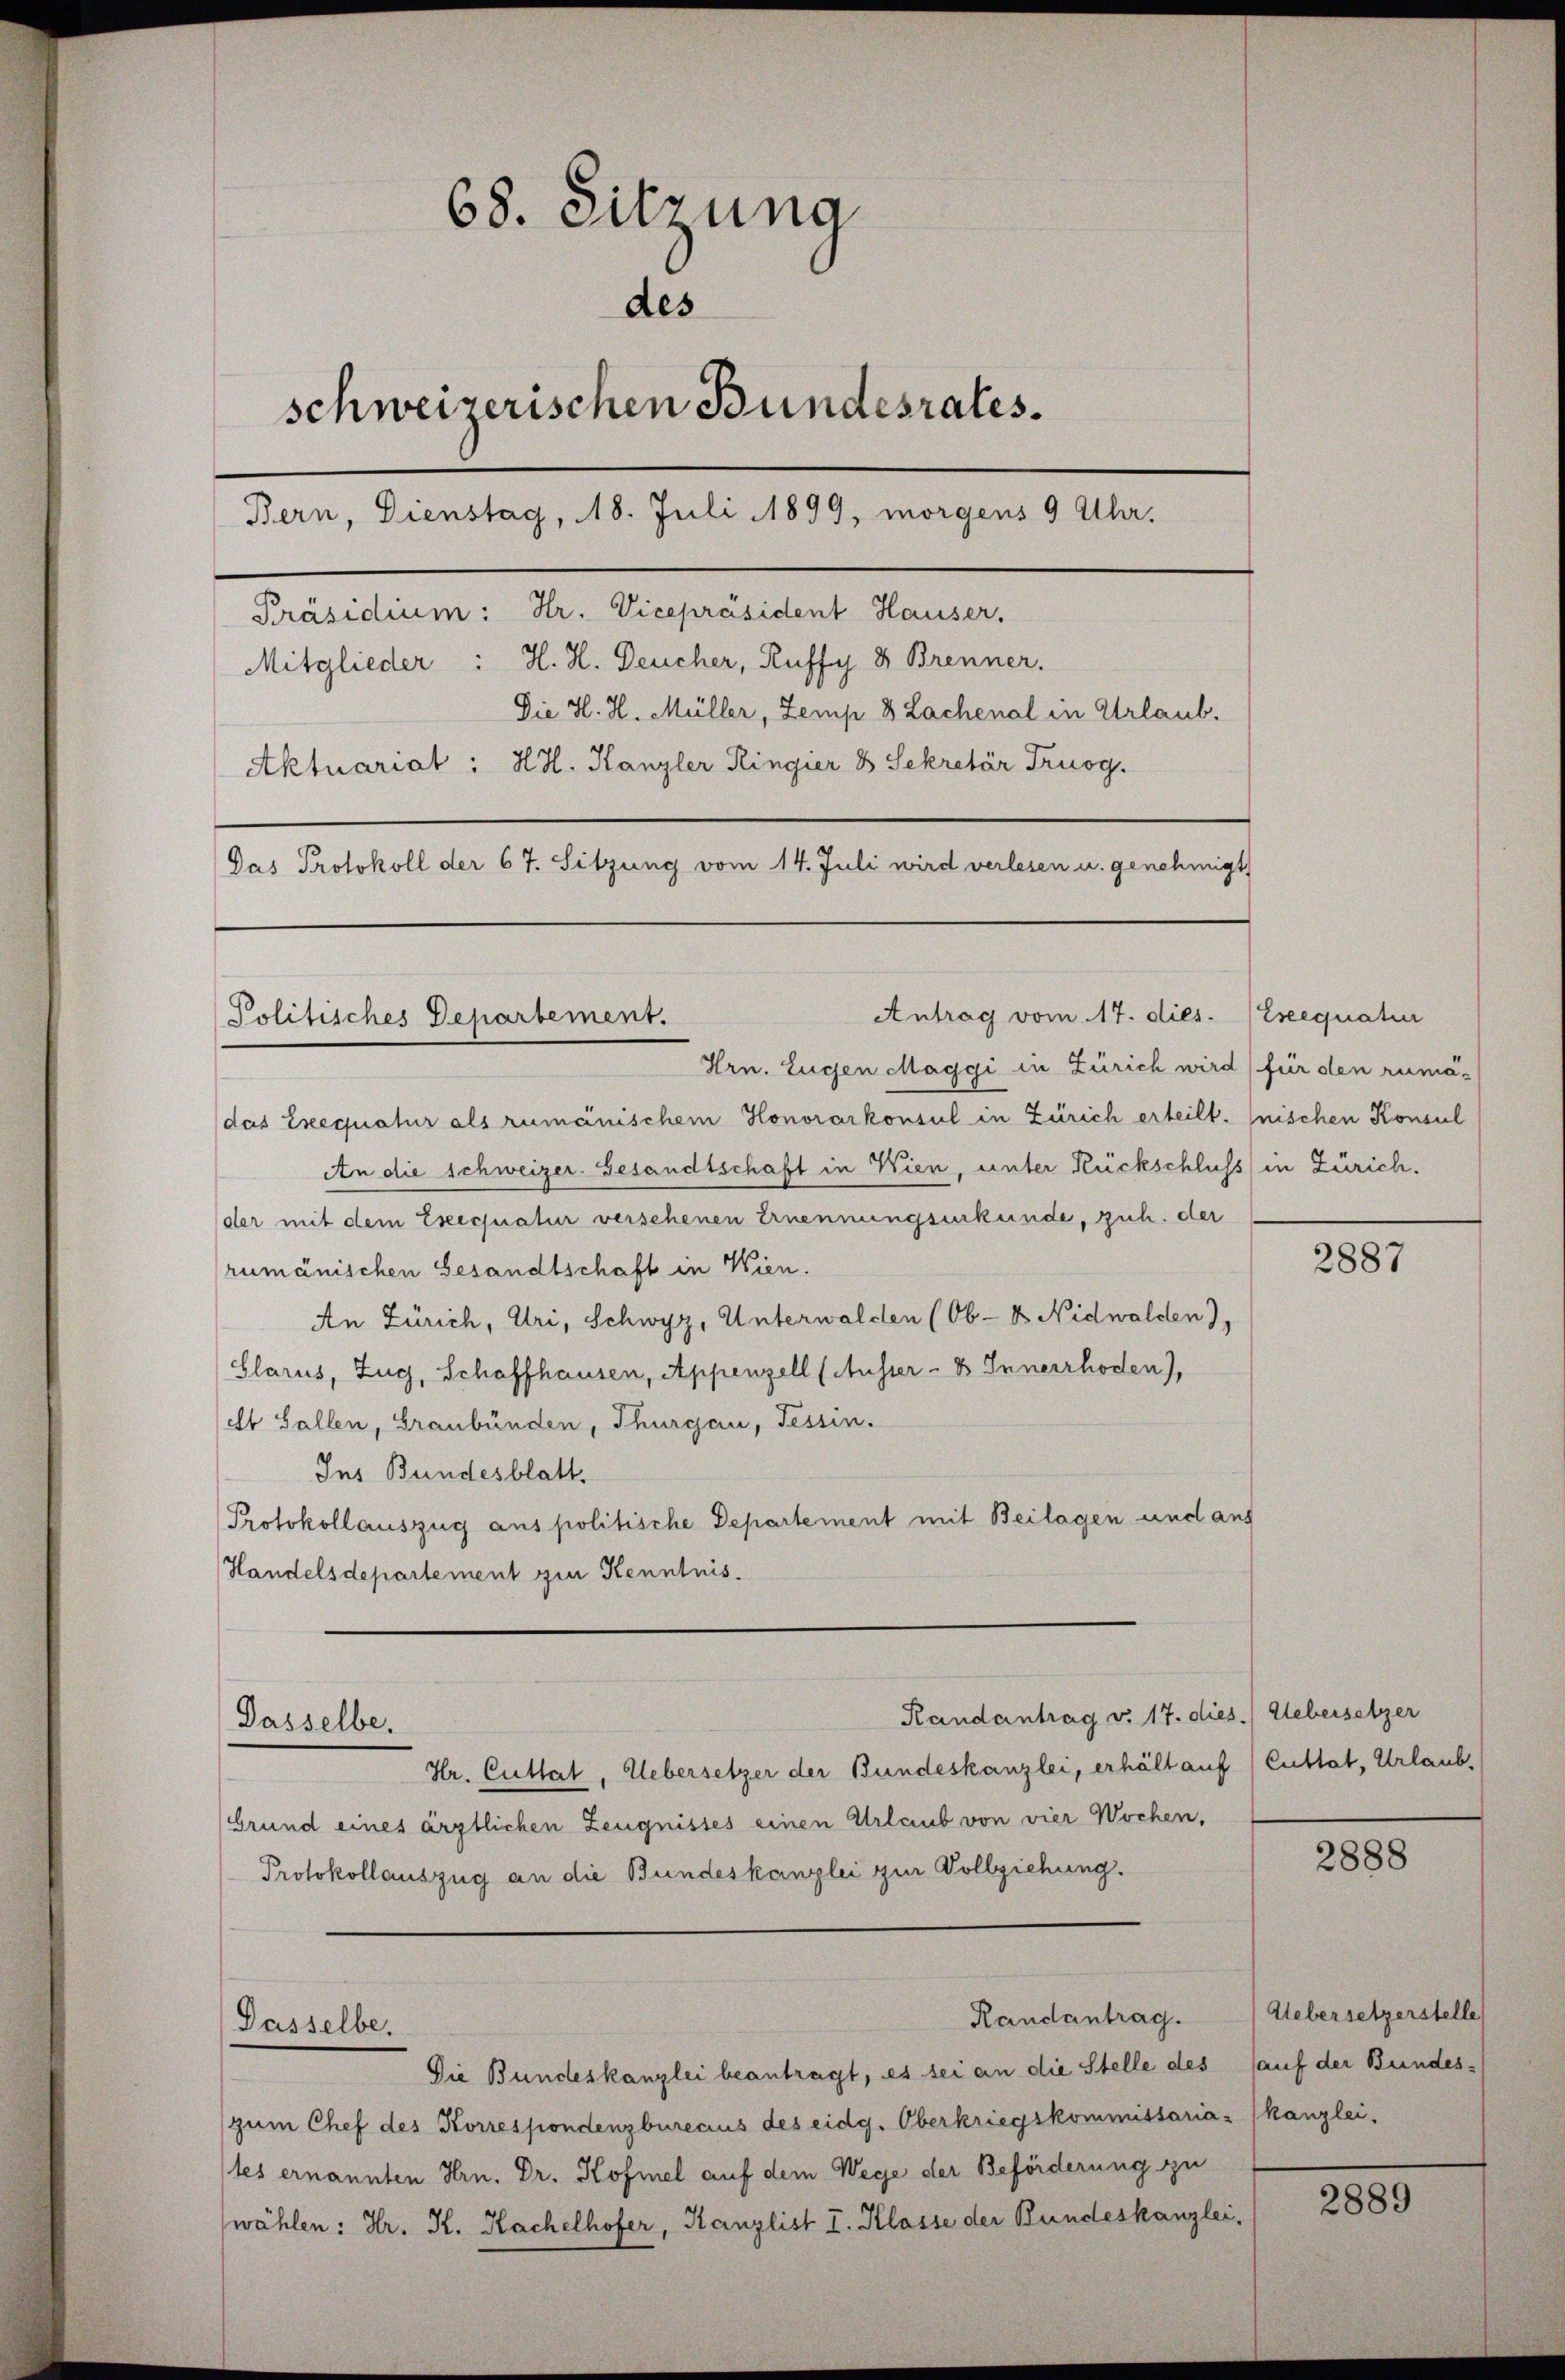
68. Sitzung
des
schweizerischen Bundesrates.
Bern, Dienstag, 18. Juli 1899, morgens 9 Uhr.
Präsidium: Hr. Vicepräsident Hauser.
Mitglieder: H. H. Deucher, Ruffy 8 Brenner.
Die H. H. Müller, Zemp 8 Lachenal in Urlaub.
Aktuariat: Hr. Kanzler Ringier 8 Sekretär Truog
Das Protokoll der 67. Sitzung vom 14. Juli wird verlesen u. genehmigt

Politisches Departement.

Antrag vom 17. dies
Hrn. Eugen Maggi in Zürich wird für den rumä-
das Ereecpiatur als rumänischem Honorarkonsul in Zürich erteilt. (nischen Konsul
An die schweizer. Gesandtschaft in Wien, unter Rückschluss in Zürich.
der mit dem Eseequatur verschenen Ernennungsurkunde, zuh. der
rumänischen Gesandtschaft in Wien.
An Zürich, Uri, Schwyz, Unterwalden (Ob-D Nidwalden),
Glarus, Zug, Schaffhausen, Appenzell (Ausser - 8 Innerrhoden),
dt Gallen, Graubünden, Thurgau, Tessin.
Ins Bundesblatt.
Protokollauszug aus politische Departement mit Beilagen und an
Handelsdepartement zur Kenntnis.
Randantrag v. 17. dies.) Uebersetzer
Dasselbe.
Hr. Cuttat, Uebersetzer der Bundeskanzlei, erhält auf Cuttat, Urlaub,
Grund eines ärztlichen Zeugnisses einen Urlaub von vier Wochen,
Protokollauszug an die Bundeskanzlei zur Vollziehung.
Randantrag.
Dasselbe.
Die Bundeskanzlei beantragt, es sei an die Stelle des auf der Bundes-
zum Chef des Korrespondenzbureaus des eidg. Oberkriegskommissaria - (kanzlei.
tes ernannten Hrn. Dr. Kofiel auf dem Wege der Beförderung zu
wählen: Hr. K. Kachelhofer, Kanzlist I. Klasse der Bundeskanzlei,

Ereequatuor

2887

2888

Uebersetzerstelle

2889